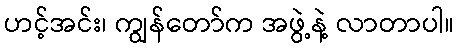
ဟင့်အင်း၊ ကျွန်တော်က အဖွဲ့နဲ့ လာတာပါ။